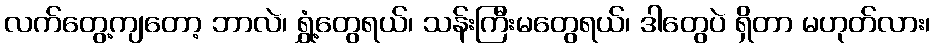
လက်တွေ့ကျတော့ ဘာလဲ၊ ရွှံ့တွေရယ်၊ သန်းကြီးမတွေရယ်၊ ဒါတွေပဲ ရှိတာ မဟုတ်လား၊